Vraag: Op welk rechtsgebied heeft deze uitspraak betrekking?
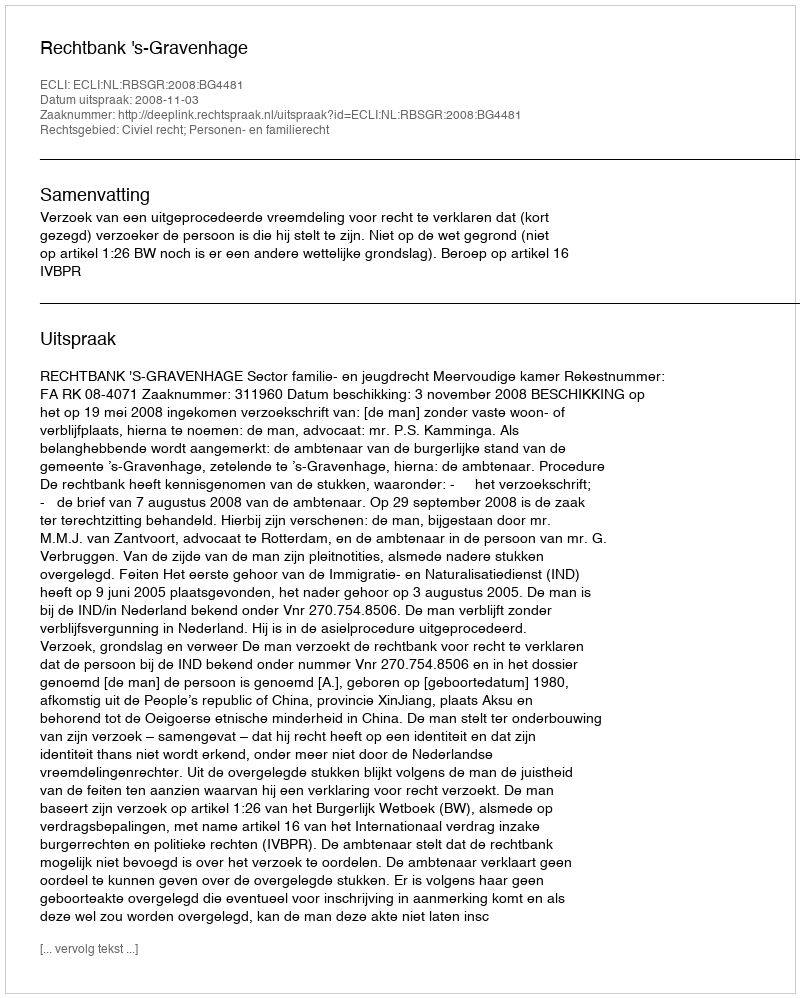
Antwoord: Civiel recht; Personen- en familierecht